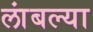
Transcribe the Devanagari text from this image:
लांबल्या